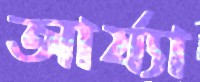
আর্য্যা